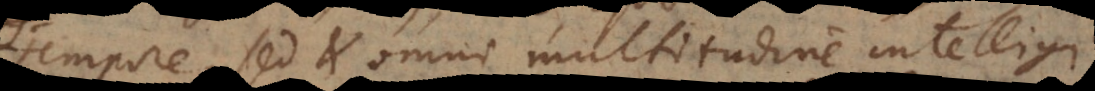
tempore, sed et omni multitudine intelligi